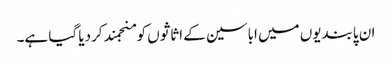
ان پابندیوں میں اباسین کے اثاثوں کو منجمند کردیا گیا ہے۔